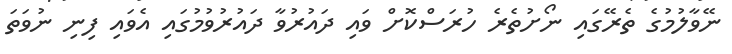
ނޭވާލުމުގެ ތެރޭގައި ނޯށުތެރެ ހުރަސްކޮށް ވައި ދައުރުވާ ދައުރުވުމުގައި އެވައި ފިނި ނުވަތަ